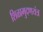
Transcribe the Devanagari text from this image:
शिळामुदणयंत्र